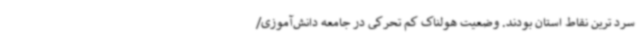
سرد ترین نقاط استان بودند. وضعیت هولناک کم تحرکی در جامعه دانش‌آموزی/